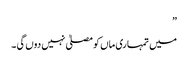
”
میں تمہاری ماں کو مصلیٰ نہیں دوں گی ۔